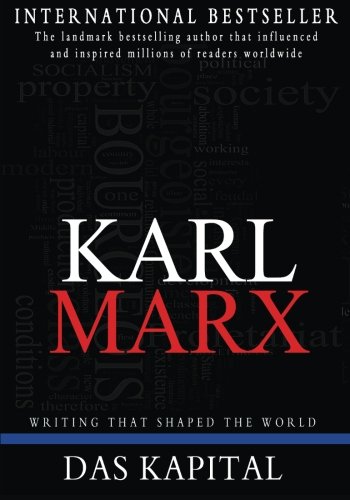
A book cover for Das Kapital; Karl Marx; Business & Money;